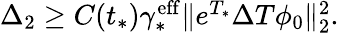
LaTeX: \begin{array}{r}{\Delta_{2}\geq C(t_{*})\gamma_{*}^{\mathrm{eff}}\Vert e^{T_{*}}\Delta T\phi_{0}\Vert_{2}^{2}.}\end{array}